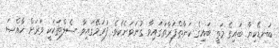
ބަނޑޭކިިޔާ ބައިގެ މަތީ ބައިގެ ކަނާތްފަރާތުގައިވާ ގުނަވަނެކެވެ. ފުރަމޭގައިވާ ސެލްތަކަކީ ވަރަށް ޚާއްޞަ